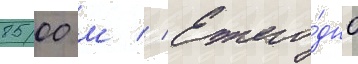
8500 м // Ежего́дно